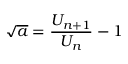
{ \sqrt { a } } = { \frac { U _ { n + 1 } } { U _ { n } } } - 1